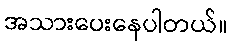
အသားပေးနေပါတယ်။